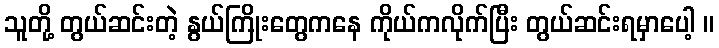
သူတို့ တွယ်ဆင်းတဲ့ နွယ်ကြိုးတွေကနေ ကိုယ်ကလိုက်ပြီး တွယ်ဆင်းရမှာပေါ့ ။